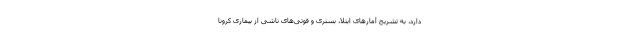
دارد، به تشریح آمارهای ابتلا، بستری و فوتی‌های ناشی از بیماری کرونا